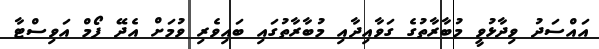
އައްސަދު ވިދާޅުވީ މުބާރާތުގެ ގަވާއިދާއި މުބާރާތުގައި ބައިވެރި ވުމަށް އެދޭ ފޯމް އަވިސްޓާ